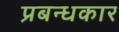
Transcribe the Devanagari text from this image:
प्रबन्धकार